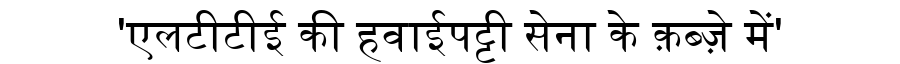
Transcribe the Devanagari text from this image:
'एलटीटीई की हवाईपट्टी सेना के क़ब्ज़े में'